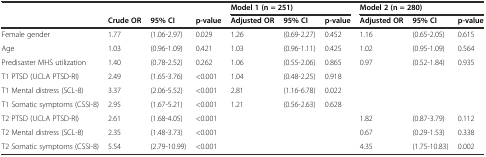
|  |  |  |  | <COLSPAN=3> Model 1 (n = 251) | <COLSPAN=3> Model 2 (n = 280) |
 |  | Crude OR | 95% CI | p-value | Adjusted OR | 95% CI | p-value | Adjusted OR | 95% CI | p-value |
 | --- | --- | --- | --- | --- | --- | --- | --- | --- | --- |
 | Female gender | 1.77 | (1.06-2.97) | 0.029 | 1.26 | (0.69-2.27) | 0.452 | 1.16 | (0.65-2.05) | 0.615 |
 | Age | 1.03 | (0.96-1.09) | 0.421 | 1.03 | (0.96-1.11) | 0.425 | 1.02 | (0.95-1.09) | 0.564 |
 | Predisaster MHS utilization | 1.40 | (0.78-2.52) | 0.262 | 1.06 | (0.55-2.06) | 0.865 | 0.97 | (0.52-1.84) | 0.935 |
 | T1 PTSD (UCLA PTSD-RI) | 2.49 | (1.65-3.76) | <0.001 | 1.04 | (0.48-2.25) | 0.918 |  |  |  |
 | T1 Mental distress (SCL-8) | 3.37 | (2.06-5.52) | <0.001 | 2.81 | (1.16-6.78) | 0.022 |  |  |  |
 | T1 Somatic symptoms (CSSI-8) | 2.95 | (1.67-5.21) | <0.001 | 1.21 | (0.56-2.63) | 0.628 |  |  |  |
 | T2 PTSD (UCLA PTSD-RI) | 2.61 | (1.68-4.05) | <0.001 |  |  |  | 1.82 | (0.87-3.79) | 0.112 |
 | T2 Mental distress (SCL-8) | 2.35 | (1.48-3.73) | <0.001 |  |  |  | 0.67 | (0.29-1.53) | 0.338 |
 | T2 Somatic symptoms (CSSI-8) | 5.54 | (2.79-10.99) | <0.001 |  |  |  | 4.35 | (1.75-10.83) | 0.002 |